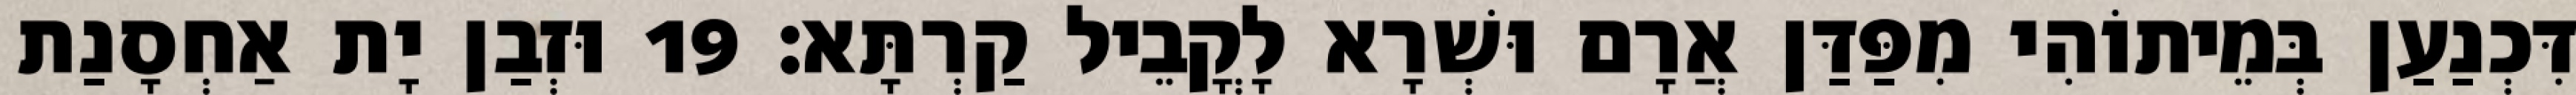
דִּכְנַעַן בְּמֵיתוֹהִי מִפַּדַּן אֲרָם וּשְׁרָא לָקֳבֵיל קַרְתָּא׃ 19 וּזְבַן יָת אַחְסָנַת